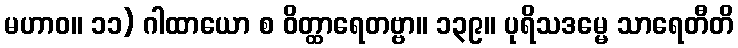
မဟာဝ။ ၁၁) ဂါထာယော စ ဝိတ္ထာရေတဗ္ဗာ။ ၁၃၉။ ပုရိသဒမ္မေ သာရေတီတိ